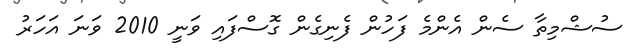
ސުޝްމިތާ ސެން އެންމެ ފަހުން ފެނިގެން ގޮސްފައި ވަނީ 2010 ވަނަ އަހަރު